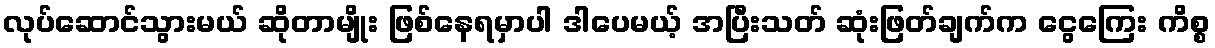
လုပ်ဆောင်သွားမယ် ဆိုတာမျိုး ဖြစ်နေရမှာပါ ဒါပေမယ့် အပြီးသတ် ဆုံးဖြတ်ချက်က ငွေကြေး ကိစ္စ